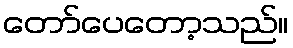
တော်ပေတော့သည်။